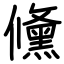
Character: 儵